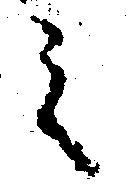
之